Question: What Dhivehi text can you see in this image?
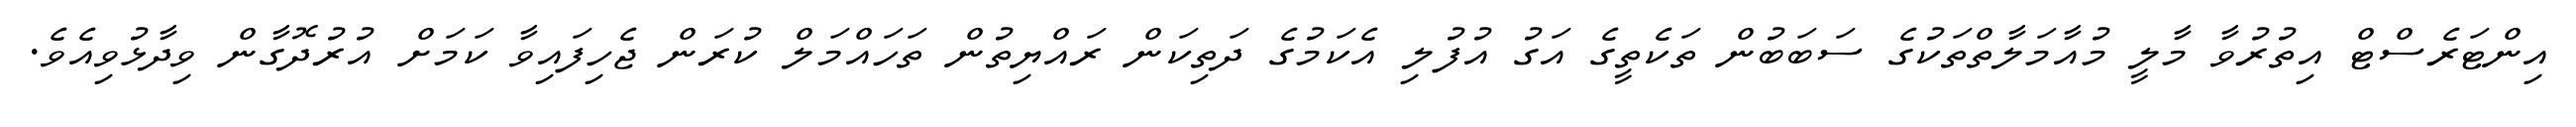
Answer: އިންޓަރެސްޓް އިތުރުވާ މާލީ މުއާމަލާތްތަކުގެ ސަބަބުން ތަކެތީގެ އަގު އުފުލި އެކަމުގެ ދަތިކަން ރައްޔިތުން ތަހައްމަލް ކުރަން ޖެހިފައިވާ ކަމަށް އުރުދޮގާން ވިދާޅުވިއެވެ.